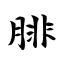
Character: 腓